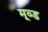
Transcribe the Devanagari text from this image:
मूव्ड